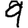
Digit: 9